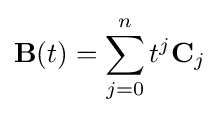
\mathbf {B} (t)=\sum _{j=0}^{n}{t^{j}\mathbf {C} _{j}}